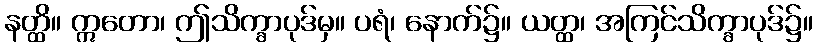
နတ္ထိ။ ဣတော၊ ဤသိက္ခာပုဒ်မှ။ ပရံ၊ နောက်၌။ ယတ္ထ၊ အကြင်သိက္ခာပုဒ်၌။